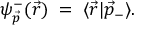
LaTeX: \psi _ { \vec { p } } ^ { - } ( \vec { r } ) \; = \; \langle \vec { r } | \vec { p } _ { - } \rangle .